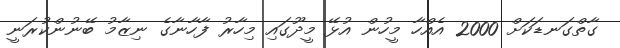
ގާތްގަނޑަކަށް 2000 އެއްހާ މީހުން އުޅޭ މީދޫގައި މިހާރު ފާހާނާގެ ނިޒާމު ބޭނުންކުރަނީ